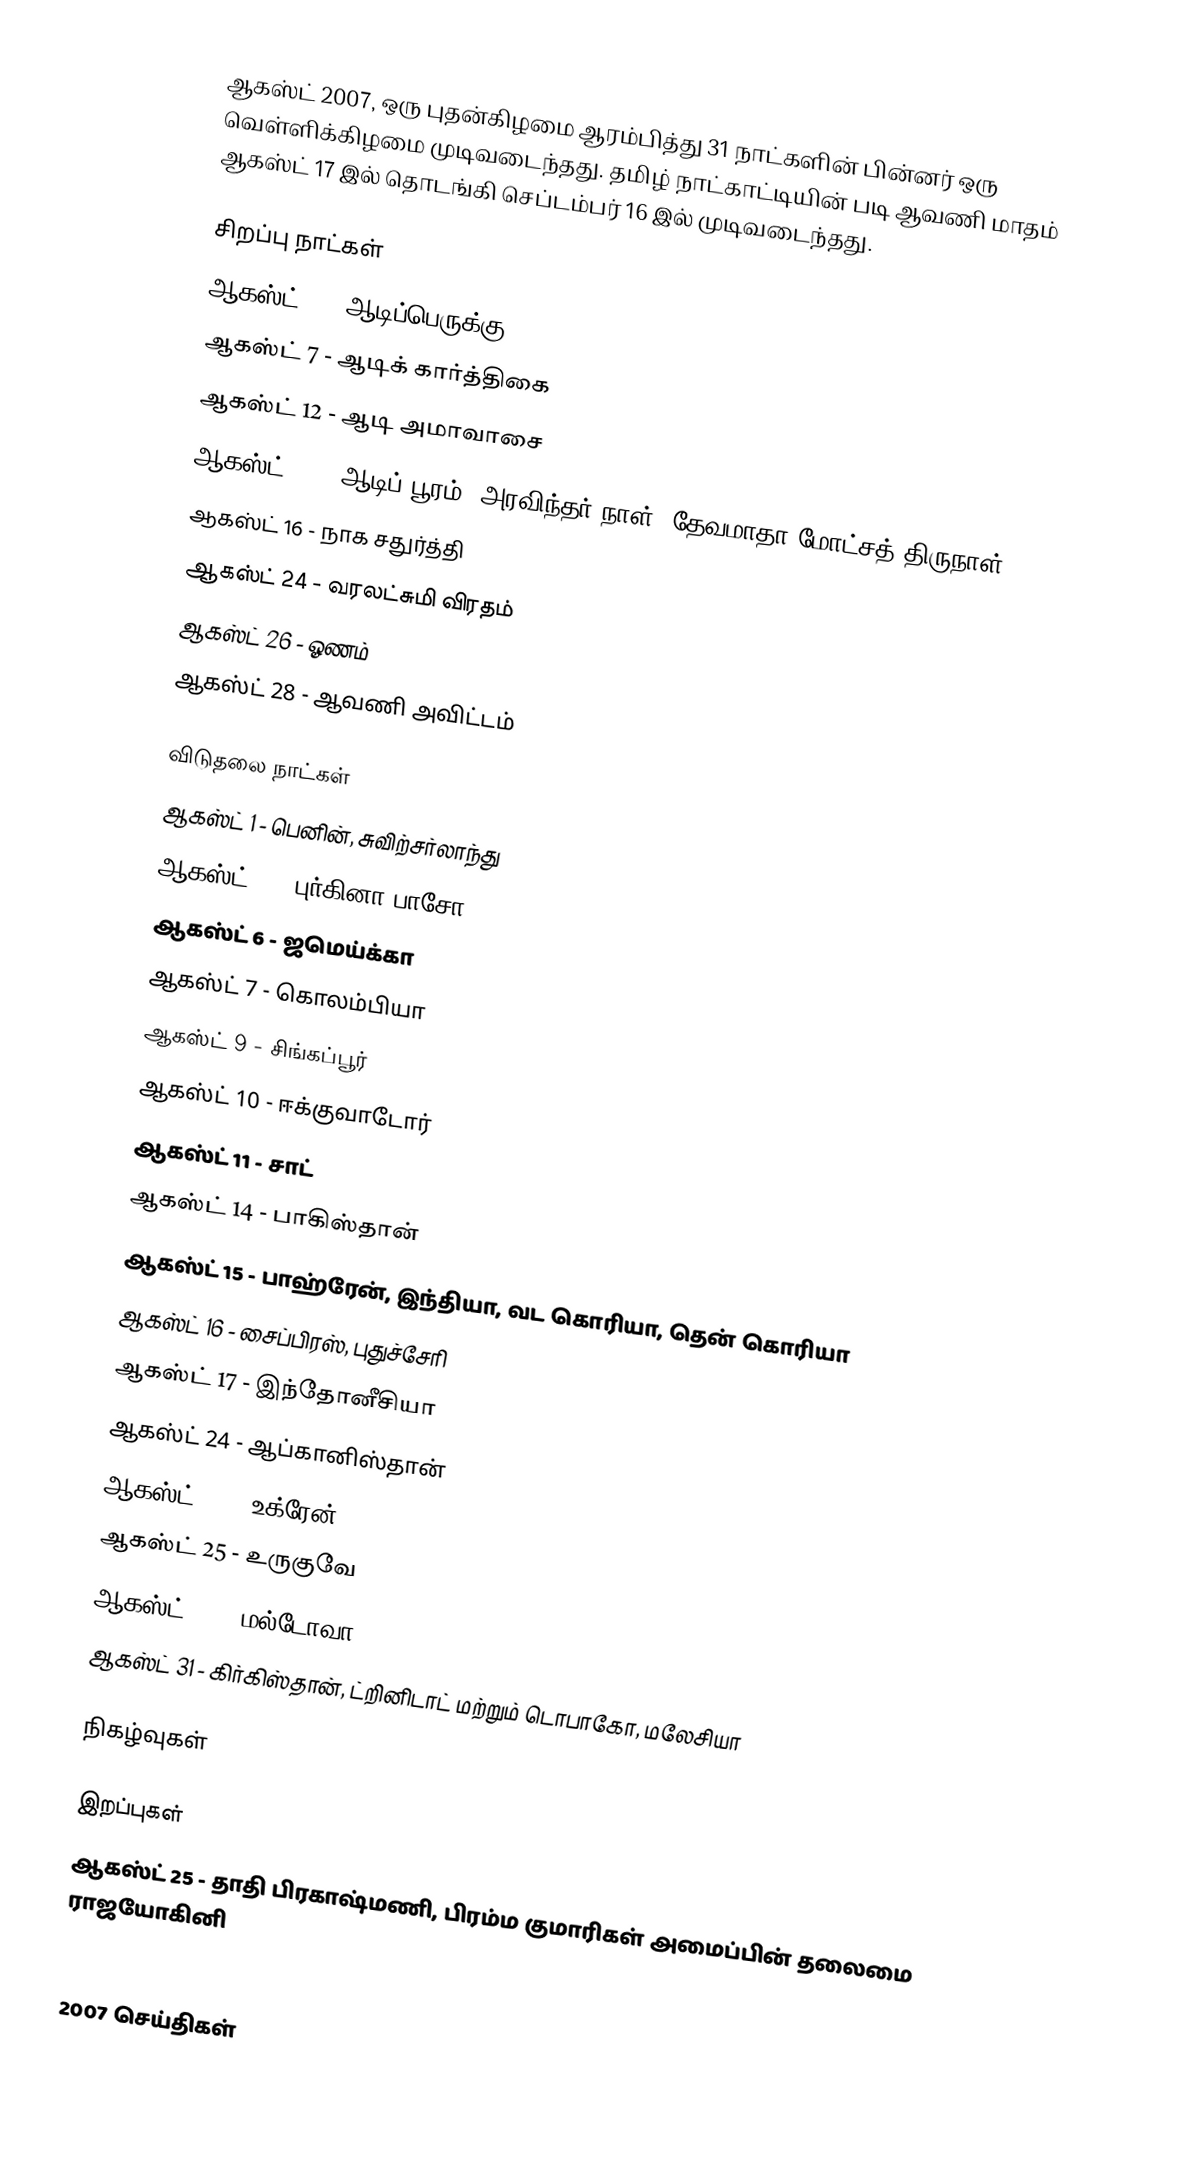
ஆகஸ்ட் 2007, ஒரு புதன்கிழமை ஆரம்பித்து 31 நாட்களின் பின்னர் ஒரு வெள்ளிக்கிழமை முடிவடைந்தது. தமிழ் நாட்காட்டியின் படி ஆவணி மாதம் ஆகஸ்ட் 17 இல் தொடங்கி செப்டம்பர் 16 இல் முடிவடைந்தது.

சிறப்பு நாட்கள்
ஆகஸ்ட் 3 - ஆடிப்பெருக்கு
ஆகஸ்ட் 7 - ஆடிக் கார்த்திகை
ஆகஸ்ட் 12 - ஆடி அமாவாசை
ஆகஸ்ட் 15 - ஆடிப் பூரம், அரவிந்தர் நாள், தேவமாதா மோட்சத் திருநாள்
ஆகஸ்ட் 16 - நாக சதுர்த்தி
ஆகஸ்ட் 24 - வரலட்சுமி விரதம்
ஆகஸ்ட் 26 - ஓணம்
ஆகஸ்ட் 28 - ஆவணி அவிட்டம்

விடுதலை நாட்கள்
ஆகஸ்ட் 1 - பெனின், சுவிற்சர்லாந்து
ஆகஸ்ட் 5 - புர்கினா பாசோ
ஆகஸ்ட் 6 - ஜமெய்க்கா
ஆகஸ்ட் 7 - கொலம்பியா
ஆகஸ்ட் 9 - சிங்கப்பூர்
ஆகஸ்ட் 10 - ஈக்குவாடோர்
ஆகஸ்ட் 11 - சாட்
ஆகஸ்ட் 14 - பாகிஸ்தான்
ஆகஸ்ட் 15 - பாஹ்ரேன், இந்தியா, வட கொரியா, தென் கொரியா
ஆகஸ்ட் 16 - சைப்பிரஸ், புதுச்சேரி
ஆகஸ்ட் 17 - இந்தோனீசியா
ஆகஸ்ட் 24 - ஆப்கானிஸ்தான்
ஆகஸ்ட் 24 - உக்ரேன்
ஆகஸ்ட் 25 - உருகுவே
ஆகஸ்ட் 27 - மல்டோவா
ஆகஸ்ட் 31 - கிர்கிஸ்தான், ட்றினிடாட் மற்றும் டொபாகோ, மலேசியா

நிகழ்வுகள்

இறப்புகள்
ஆகஸ்ட் 25 - தாதி பிரகாஷ்மணி, பிரம்ம குமாரிகள் அமைப்பின் தலைமை ராஜயோகினி

2007
2007 செய்திகள்